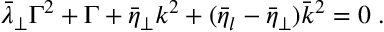
\bar { \lambda } _ { \perp } \Gamma ^ { 2 } + \Gamma + \bar { \eta } _ { \perp } k ^ { 2 } + ( \bar { \eta } _ { l } - \bar { \eta } _ { \perp } ) \bar { k } ^ { 2 } = 0 \; .